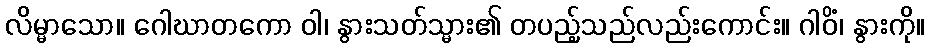
လိမ္မာသော။ ဂေါဃာတကော ဝါ၊ နွားသတ်သ္မား၏ တပည့်သည်လည်းကောင်း။ ဂါဝိံ၊ နွားကို။